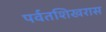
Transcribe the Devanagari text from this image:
पर्वतशिखरास